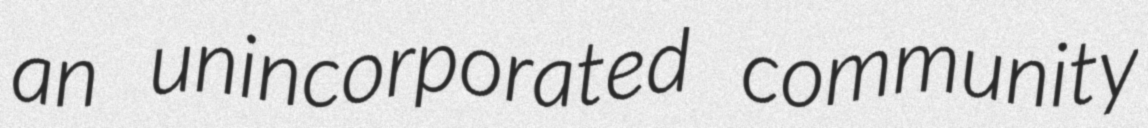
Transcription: an unincorporated community